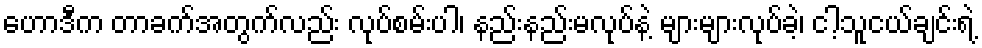
ဟောဒီက တာခက်အတွက်လည်း လုပ်စမ်းပါ၊ နည်းနည်းမလုပ်နဲ့ များများလုပ်ခဲ့၊ ငါ့သူငယ်ချင်းရဲ့